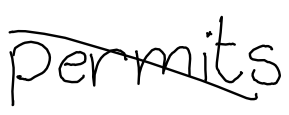
Text: permits
Cross-out: diagonal
Writing tool: digital_black